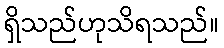
ရှိသည်ဟုသိရသည်။